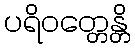
ပရိဝတ္တေန္တိ